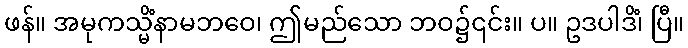
ဖန်။ အမုကသ္မိံနာမဘဝေ၊ ဤမည်သော ဘဝ၌၎င်း။ ပ။ ဥဒပါဒိံ၊ ပြီ။